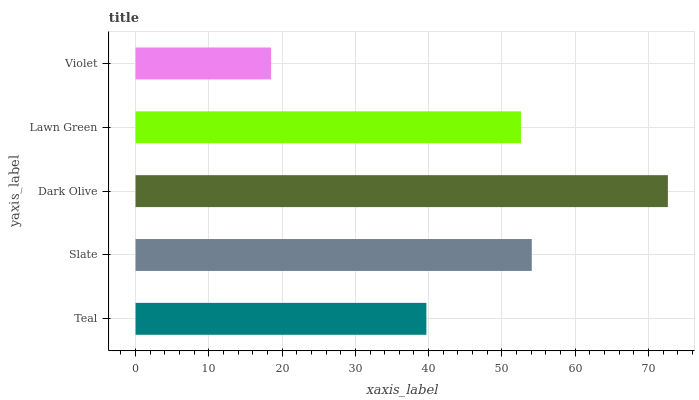
| yaxis_label | bars |
 | --- | --- |
 | Teal | 39.7 |
 | Slate | 54.1 |
 | Dark Olive | 72.7 |
 | Lawn Green | 52.6 |
 | Violet | 18.5 |